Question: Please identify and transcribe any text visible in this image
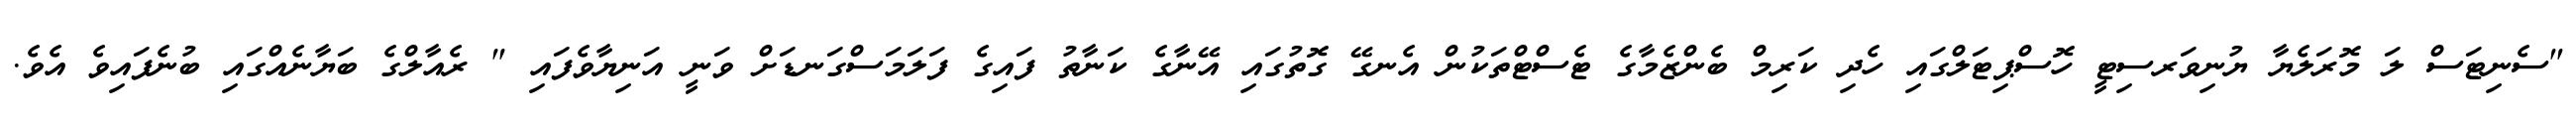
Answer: "ސެނިޓަސް ލަ މޮރަލެޔާ ޔުނިވަރސިޓީ ހޮސްޕިޓަލްގައި ހެދި ކަރިމް ބެންޒެމާގެ ޓެސްޓްތަކުން އެނގޭ ގޮތުގައި އޭނާގެ ކަނާތު ފައިގެ ފަލަމަސްގަނޑަށް ވަނީ އަނިޔާވެފައި " ރެއާލްގެ ބަޔާނެއްގައި ބުނެފައިވެ އެވެ.